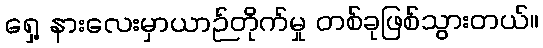
ရှေ့ နားလေးမှာယာဉ်တိုက်မှု တစ်ခုဖြစ်သွားတယ်။